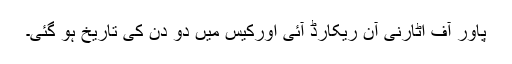
پاور آف اٹارنی آن ریکارڈ آئی اورکیس میں دو دن کی تاریخ ہو گئی۔